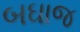
બઘાજ